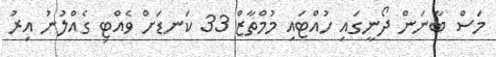
މަސް ބާނަން ދޯނީގައި ހުއްޓައި މުމްތާޒް 33 ކަނޑަށް ވެއްޓި ގެއްލުނު އިރު